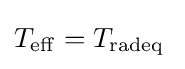
T_{\mathrm {eff} }=T_{\mathrm {radeq} }\;